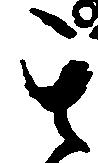
其